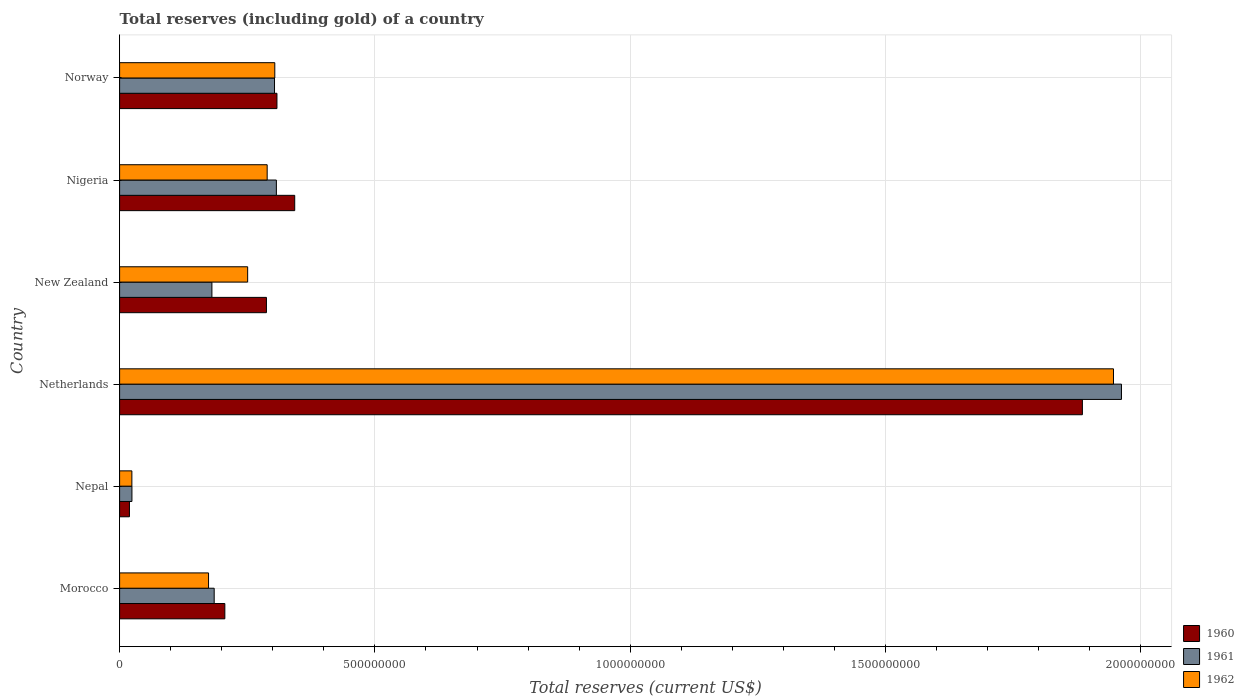
| Country | 1960 | 1961 | 1962 |
 | --- | --- | --- | --- |
 | Morocco | 2.06e+08 | 1.85e+08 | 1.74e+08 |
 | Nepal | 1.93e+07 | 2.41e+07 | 2.4e+07 |
 | Netherlands | 1.89e+09 | 1.96e+09 | 1.95e+09 |
 | New Zealand | 2.88e+08 | 1.81e+08 | 2.51e+08 |
 | Nigeria | 3.43e+08 | 3.07e+08 | 2.89e+08 |
 | Norway | 3.08e+08 | 3.03e+08 | 3.04e+08 |